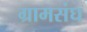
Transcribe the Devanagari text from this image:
ग्रामसंघ